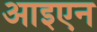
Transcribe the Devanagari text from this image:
आइएन